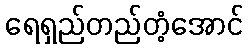
ရေရှည်တည်တံ့အောင်